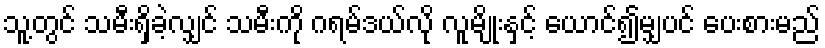
သူ့တွင် သမီးရှိခဲ့လျှင် သမီးကို ဂရမ်ဒယ်လို လူမျိုးနှင့် ယောင်၍မျှပင် ပေးစားမည်